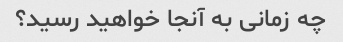
چه زمانی به آنجا خواهید رسید؟